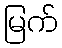
မြက်